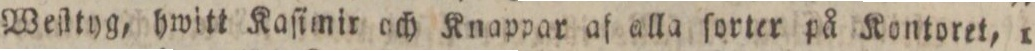
Weſttyg, hwitt Kaſimir och Knappar af alla ſorter på Kontoret, 1